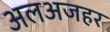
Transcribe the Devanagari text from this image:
अलअजहर